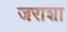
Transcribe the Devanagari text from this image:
जराशा